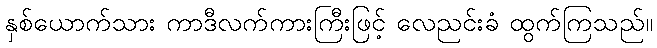
နှစ်ယောက်သား ကာဒီလက်ကားကြီးဖြင့် လေညင်းခံ ထွက်ကြသည်။